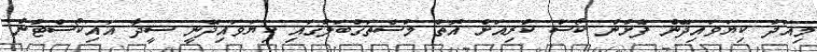
މިއަދު ކިޔަވައިދޭން ފެށުނު ކޯސް ކުރިއަށް އޮތް މުސްތަގުބަލުގައި ކިޔަވައިދޭނީ ސީދާ އައިކޯސްޓުން